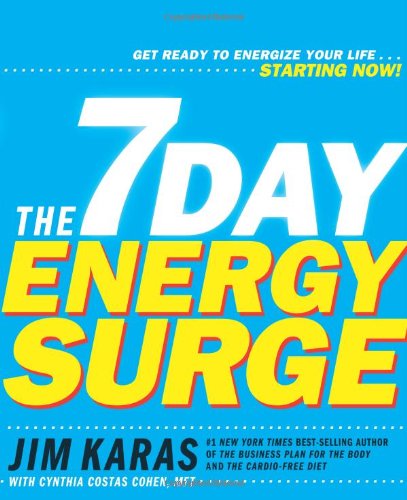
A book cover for The 7 Day Energy Surge; Jim Karas; Health, Fitness & Dieting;